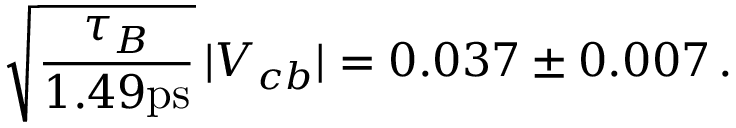
\sqrt { \frac { \tau _ { B } } { 1 . 4 9 \mathrm { p s } } } \, | V _ { c b } | = 0 . 0 3 7 \pm 0 . 0 0 7 \, .